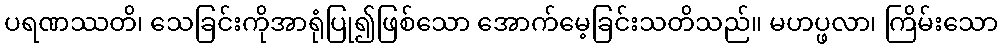
ပရဏဿတိ၊ သေခြင်းကိုအာရုံပြု၍ဖြစ်သော အောက်မေ့ခြင်းသတိသည်။ မဟပ္ဖလာ၊ ကြိမ်းသော